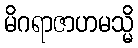
မိဂရာဇာဟမသ္မိ